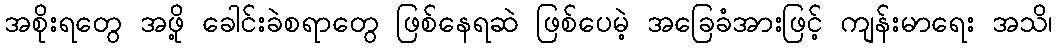
အစိုးရတွေ အဖို့ ခေါင်းခဲစရာတွေ ဖြစ်နေရဆဲ ဖြစ်ပေမဲ့ အခြေခံအားဖြင့် ကျန်းမာရေး အသိ၊